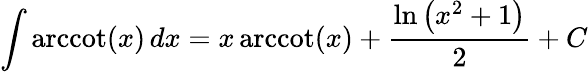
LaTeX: \int\operatorname{arccot}(x)\, dx=x\operatorname{arccot}(x)+{\frac{\ln\left(x^{2}+1\right)}{2}}+C